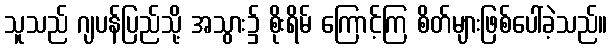
သူသည် ဂျပန်ပြည်သို့ အသွား၌ စိုးရိမ် ကြောင့်ကြ စိတ်များဖြစ်ပေါ်ခဲ့သည်။